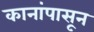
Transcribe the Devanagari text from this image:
कानांपासून